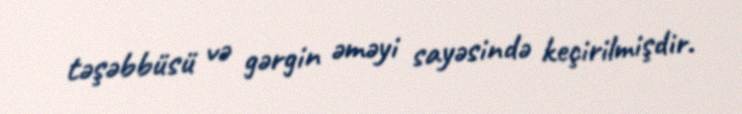
təşəbbüsü və gərgin əməyi sayəsində keçirilmişdir.